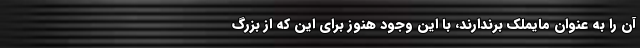
آن را به عنوان مایملک برندارند، با این وجود هنوز برای این که از بزرگ